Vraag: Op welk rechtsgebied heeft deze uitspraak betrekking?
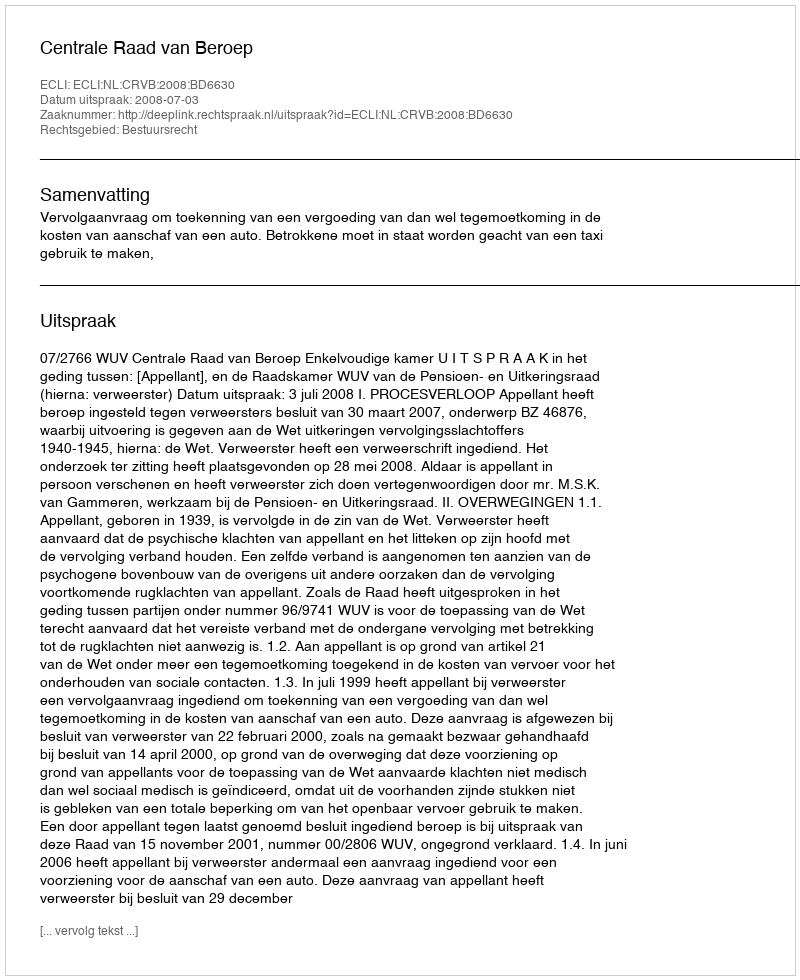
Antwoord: Bestuursrecht